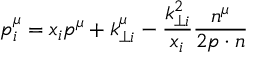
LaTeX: p _ { i } ^ { \mu } = x _ { i } p ^ { \mu } + k _ { \perp i } ^ { \mu } - \frac { k _ { \perp i } ^ { 2 } } { x _ { i } } \frac { n ^ { \mu } } { 2 p \cdot n } \,